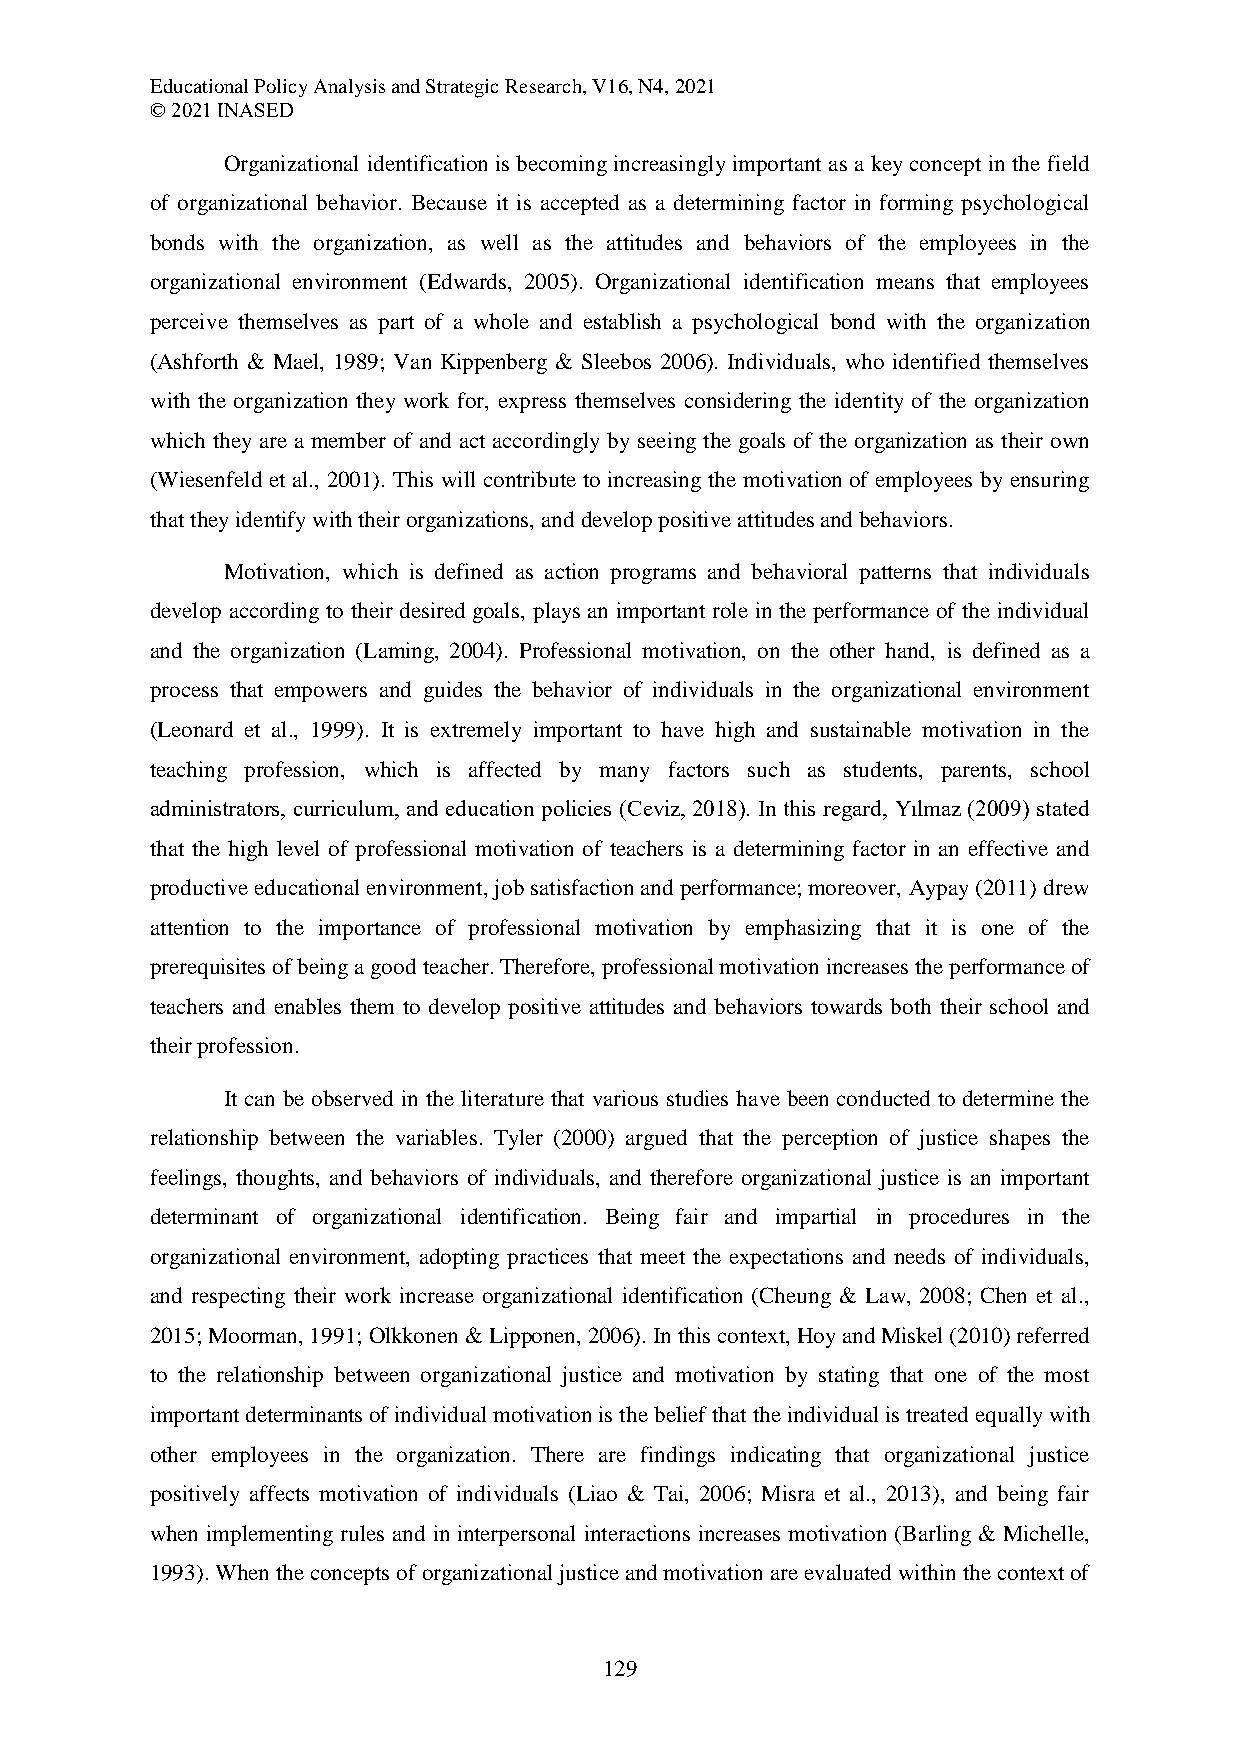
Educational Policy Analysis and Strategic Research, V16, N4, 2021
 © 2021 INASED
 Organizational identification is becoming increasingly important as a key concept in the field
 of organizational behavior. Because it is accepted as a determining factor in forming psychological
 bonds with the organization, as well as the attitudes and behaviors of the employees in the
 organizational environment (Edwards, 2005). Organizational identification means that employees
 perceive themselves as part of a whole and establish a psychological bond with the organization
 (Ashforth & Mael, 1989; Van Kippenberg & Sleebos 2006). Individuals, who identified themselves
 with the organization they work for, express themselves considering the identity of the organization
 which they are a member of and act accordingly by seeing the goals of the organization as their own
 (Wiesenfeld et al., 2001). This will contribute to increasing the motivation of employees by ensuring
 that they identify with their organizations, and develop positive attitudes and behaviors.
 Motivation, which is defined as action programs and behavioral patterns that individuals
 develop according to their desired goals, plays an important role in the performance of the individual
 and the organization (Laming, 2004). Professional motivation, on the other hand, is defined as a
 process that empowers and guides the behavior of individuals in the organizational environment
 (Leonard et al., 1999). It is extremely important to have high and sustainable motivation in the
 teaching profession, which is affected by many factors such as students, parents, school
 administrators, curriculum, and education policies (Ceviz, 2018). In this regard, Yılmaz (2009) stated
 that the high level of professional motivation of teachers is a determining factor in an effective and
 productive educational environment, job satisfaction and performance; moreover, Aypay (2011) drew
 attention to the importance of professional motivation by emphasizing that it is one of the
 prerequisites of being a good teacher. Therefore, professional motivation increases the performance of
 teachers and enables them to develop positive attitudes and behaviors towards both their school and
 their profession.
 It can be observed in the literature that various studies have been conducted to determine the
 relationship between the variables. Tyler (2000) argued that the perception of justice shapes the
 feelings, thoughts, and behaviors of individuals, and therefore organizational justice is an important
 determinant of organizational identification. Being fair and impartial in procedures in the
 organizational environment, adopting practices that meet the expectations and needs of individuals,
 and respecting their work increase organizational identification (Cheung & Law, 2008; Chen et al.,
 2015; Moorman, 1991; Olkkonen & Lipponen, 2006). In this context, Hoy and Miskel (2010) referred
 to the relationship between organizational justice and motivation by stating that one of the most
 important determinants of individual motivation is the belief that the individual is treated equally with
 other employees in the organization. There are findings indicating that organizational justice
 positively affects motivation of individuals (Liao & Tai, 2006; Misra et al., 2013), and being fair
 when implementing rules and in interpersonal interactions increases motivation (Barling & Michelle,
 1993). When the concepts of organizational justice and motivation are evaluated within the context of
 129